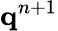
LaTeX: \textbf{q}^{n+1}